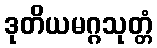
ဒုတိယမဂ္ဂသုတ္တံ